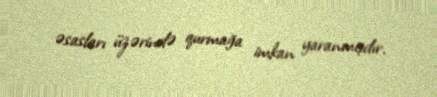
əsasları üzərində qurmağa imkan yaranmışdır.